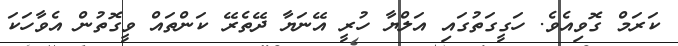
ކަރަމް ގޮވިއެވެ. ހަގީގަތުގައި އަލްޔާ ހުރީ އޭނަޔާ ދޭތެރޭ ކަންތައް ވީގޮތުން އެވާހަކަ